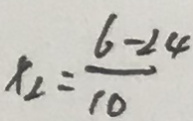
x _ { 2 } = \frac { 6 - 2 4 } { 1 0 }